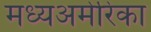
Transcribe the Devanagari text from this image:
मध्यअमेरिका